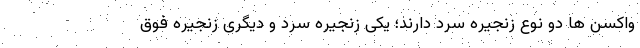
واکسن ها دو نوع زنجیره سرد دارند؛ یکی زنجیره سرد و دیگری زنجیره فوق